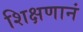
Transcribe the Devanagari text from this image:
शिक्षणानं